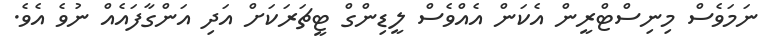
ނަމަވެސް މިނިސްޓްރީން އެކަން އެއްވެސް ލީޑިންގް ޓީޗަރަކަށް އަދި އަންގާފައެއް ނުވެ އެވެ.